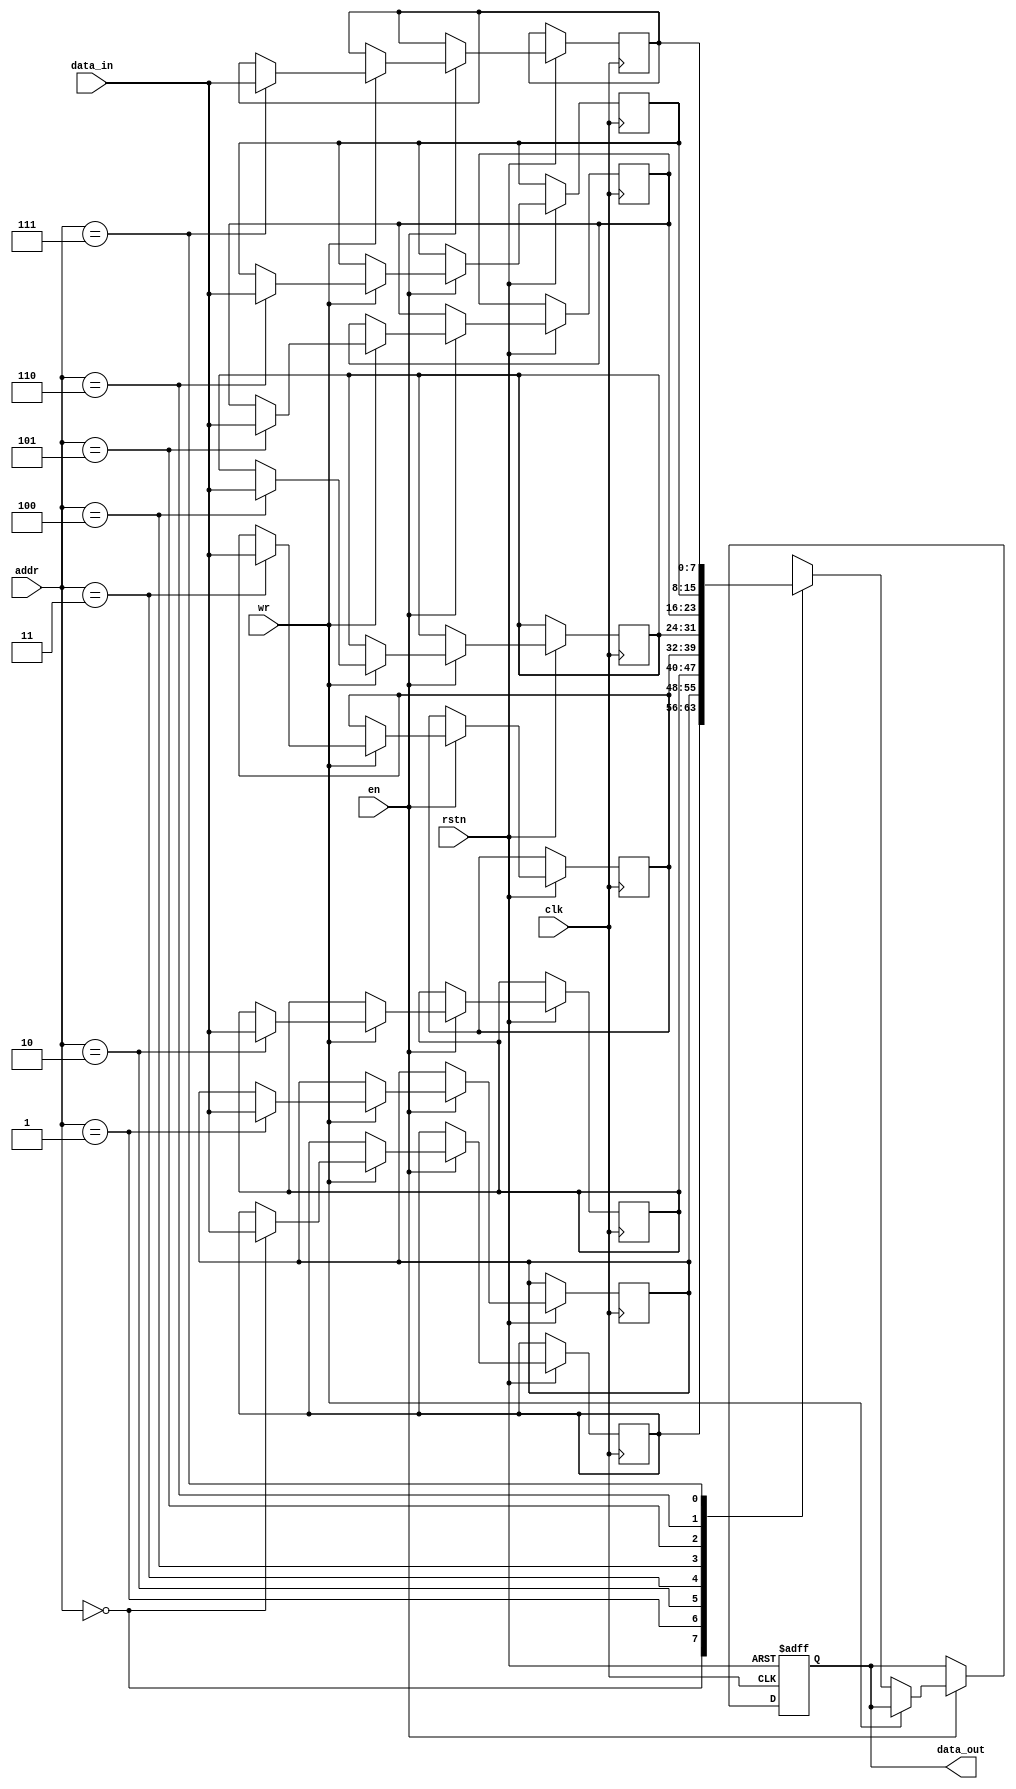
`timescale 1ns / 1ps
//////////////////////////////////////////////////////////////////////////////////
// Company: 
// Engineer: 
// 
// Design Name: 
// Module Name: single_port_ram
// Project Name: 
// Target Devices: 
// Tool Versions: 
// Description: 
// 
// Dependencies: 
// 
// Revision:
// Revision 0.01 - File Created
// Additional Comments:
// 
//////////////////////////////////////////////////////////////////////////////////


module single_port_ram (
    input [7:0] data_in,
	input clk,
	input rstn,
	input wr,
	input en,
	input [2:0] addr,
	output reg [7:0] data_out
	);

reg [7:0] mem [0:7];

always @(posedge clk, negedge rstn) begin
    if (!rstn) begin
	    data_out <= 0;
	end else begin
	    if (en) begin
		    if (wr) begin
			    mem[addr] <= data_in;
			end else begin
			    data_out <= mem[addr];
			end
		end else begin
            data_out <= data_out;
		end
	end
end
endmodule